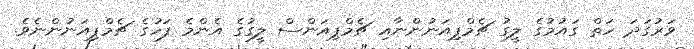
ވަރުގަދަ ހަތް ގައުމުގެ ލީގު ޗެމްޕިއަނުންނާއި ޗެމްޕިއަންސް ލީގުގެ އެންމެ ފަހުގެ ޗެމްޕިއަނުންނެވެ.